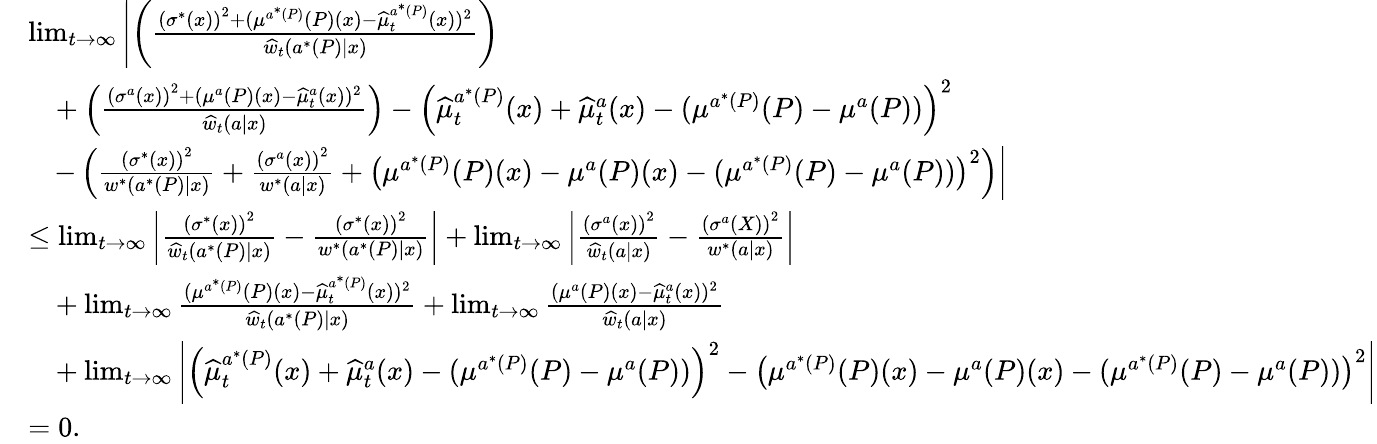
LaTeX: \begin{array}{rl}&{\operatorname*{lim}_{t\to\infty}\left|\left(\frac{\left(\sigma^{*}(x)\right)^{2}+(\mu^{a^{*}(P)}(P)(x)-\widehat{\mu}_{t}^{a^{*}(P)}(x))^{2}}{\widehat{w}_{t}(a^{*}(P)|x)}\right)\right.}\\ &{\ \ \ +\left(\frac{\left(\sigma^{a}(x)\right)^{2}+(\mu^{a}(P)(x)-\widehat{\mu}_{t}^{a}(x))^{2}}{\widehat{w}_{t}(a|x)}\right)-\left(\widehat{\mu}_{t}^{a^{*}(P)}(x)+\widehat{\mu}_{t}^{a}(x)-(\mu^{a^{*}(P)}(P)-\mu^{a}(P))\right)^{2}}\\ &{\ \ \ \left.-\left(\frac{\left(\sigma^{*}(x)\right)^{2}}{w^{*}(a^{*}(P)|x)}+\frac{\left(\sigma^{a}(x)\right)^{2}}{w^{*}(a|x)}+\left(\mu^{a^{*}(P)}(P)(x)-\mu^{a}(P)(x)-(\mu^{a^{*}(P)}(P)-\mu^{a}(P))\right)^{2}\right)\right|}\\ &{\leq\operatorname*{lim}_{t\to\infty}\left|\frac{\left(\sigma^{*}(x)\right)^{2}}{\widehat{w}_{t}(a^{*}(P)|x)}-\frac{\left(\sigma^{*}(x)\right)^{2}}{w^{*}(a^{*}(P)|x)}\right|+\operatorname*{lim}_{t\to\infty}\left|\frac{\left(\sigma^{a}(x)\right)^{2}}{\widehat{w}_{t}(a|x)}-\frac{\left(\sigma^{a}(X)\right)^{2}}{w^{*}(a|x)}\right|}\\ &{\ \ \ +\operatorname*{lim}_{t\to\infty}\frac{(\mu^{a^{*}(P)}(P)(x)-\widehat{\mu}_{t}^{a^{*}(P)}(x))^{2}}{\widehat{w}_{t}(a^{*}(P)|x)}+\operatorname*{lim}_{t\to\infty}\frac{(\mu^{a}(P)(x)-\widehat{\mu}_{t}^{a}(x))^{2}}{\widehat{w}_{t}(a|x)}}\\ &{\ \ \ +\operatorname*{lim}_{t\to\infty}\left|\left(\widehat{\mu}_{t}^{a^{*}(P)}(x)+\widehat{\mu}_{t}^{a}(x)-(\mu^{a^{*}(P)}(P)-\mu^{a}(P))\right)^{2}-\left(\mu^{a^{*}(P)}(P)(x)-\mu^{a}(P)(x)-(\mu^{a^{*}(P)}(P)-\mu^{a}(P))\right)^{2}\right|}\\ &{=0.}\end{array}